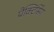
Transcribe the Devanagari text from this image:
प्रैक्टिसिंग